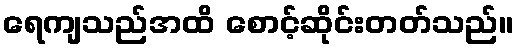
ရေကျသည်အထိ စောင့်ဆိုင်းတတ်သည်။